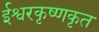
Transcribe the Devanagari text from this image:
ईश्वरकृष्णकृत